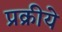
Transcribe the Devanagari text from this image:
प्रक्रीये